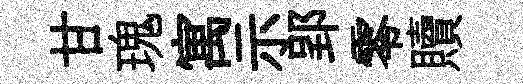
甘瑰寓示郢零贖